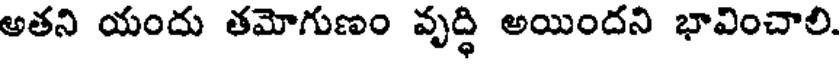
అతని యందు తమోగుణం వృద్ధి అయిందని భావించాలి.